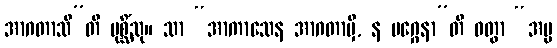
အာဂတာသီ”တိ ပုစ္ဆိံသု။ သာ “အာကာသေန အာဂတာမှိ, န မဂ္ဂေနာ”တိ ဝတွာ “အမ္မ